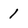
Character: 1